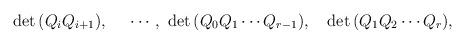
LaTeX: \begin{align*}\quad\mathrm{det }\,(Q_{i}Q_{i+1}),\quad \,\,\cdots,\,\,\mathrm{det }\,(Q_{0}Q_{1}\cdots Q_{r-1}),\quad \mathrm{det }\,(Q_{1}Q_{2}\cdots Q_{r}),\end{align*}